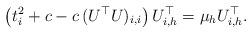
LaTeX: \begin{align*}\left( t_i^2 + c - c \, (U^\top U)_{i,i} \right) U^\top_{i,h} = \mu_h U^\top_{i,h}.\end{align*}